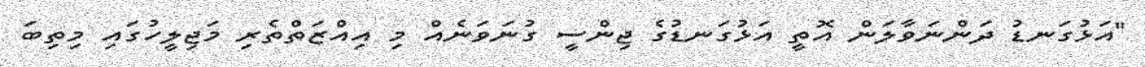
"އަޅުގަނޑު ދަންނަވާލަން އޮތީ އަޅުގަނޑުގެ ޖިންސީ ގުނަވަނެއް މި އިއްޒަތްތެރި މަޖިލީހުގައި މިތިބަ